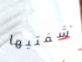
شفتيها